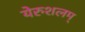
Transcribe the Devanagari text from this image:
येरुशलम्